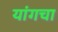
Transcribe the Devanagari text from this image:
यांगचा